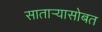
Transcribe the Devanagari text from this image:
सातार्‍यासोबत